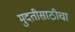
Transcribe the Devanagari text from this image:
मुदतीसाठीचा